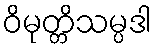
ဝိမုတ္တိသမ္ပဒါ